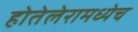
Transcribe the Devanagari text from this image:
होतेलेरामध्येच